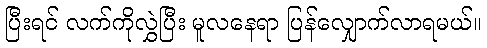
ပြီးရင် လက်ကိုလွှဲပြီး မူလနေရာ ပြန်လျှောက်လာရမယ်။